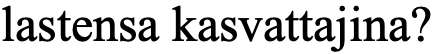
lastensa kasvattajina?